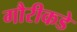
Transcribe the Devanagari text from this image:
गौरीकडे